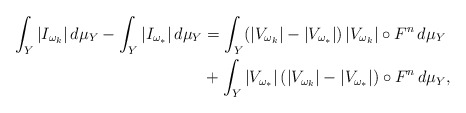
\begin{align*}\int_Y |I_{\omega_k}|\,d\mu_Y -\int_Y |I_{\omega_*}|\,d\mu_Y & = \int_Y(|V_{\omega_k}|-|V_{\omega_*}|)\,|V_{\omega_k}|\circ F^n\,d\mu_Y\\ & + \int_Y |V_{\omega_*}|\,(|V_{\omega_k}|-|V_{\omega_*}|)\circ F^n\,d\mu_Y,\end{align*}